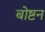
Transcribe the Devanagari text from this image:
बोष्टन